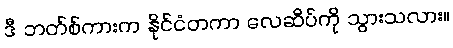
ဒီ ဘတ်စ်ကားက နိုင်ငံတကာ လေဆိပ်ကို သွားသလား။